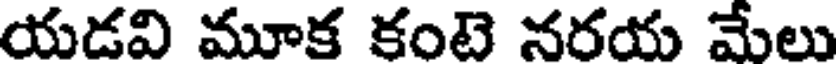
యడవి మూక కంటె నరయ మేలు